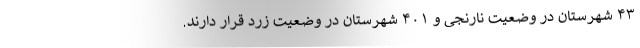
۴۳ شهرستان در وضعیت نارنجی و ۴۰۱ شهرستان در وضعیت زرد قرار دارند.